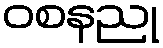
ဝစနညု